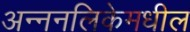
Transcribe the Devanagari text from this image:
अन्ननलिकेमधील